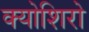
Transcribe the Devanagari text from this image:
क्योशिरो